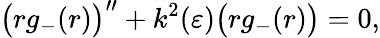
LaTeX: \big(rg_{-}(r)\big)^{\prime\prime}+k^{2}(\varepsilon)\big(rg_{-}(r)\big)=0,